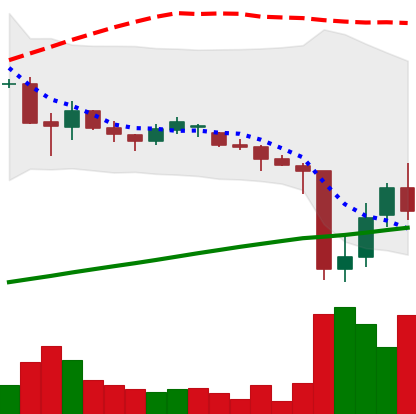
Ticker: DOGE-USD
Chart end date: 2021-06-25
Forward return: 6.298%
Label: up_5_7